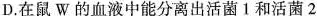
D.在鼠W的血液中能分离出活菌1和活菌2